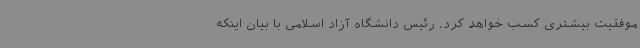
موفقیت بیشتری کسب خواهد کرد. رئیس دانشگاه آزاد اسلامی با بیان اینکه